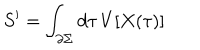
LaTeX: S ^ { \prime } = \int _ { \partial \Sigma } d \tau \, V [ X ( \tau ) ]